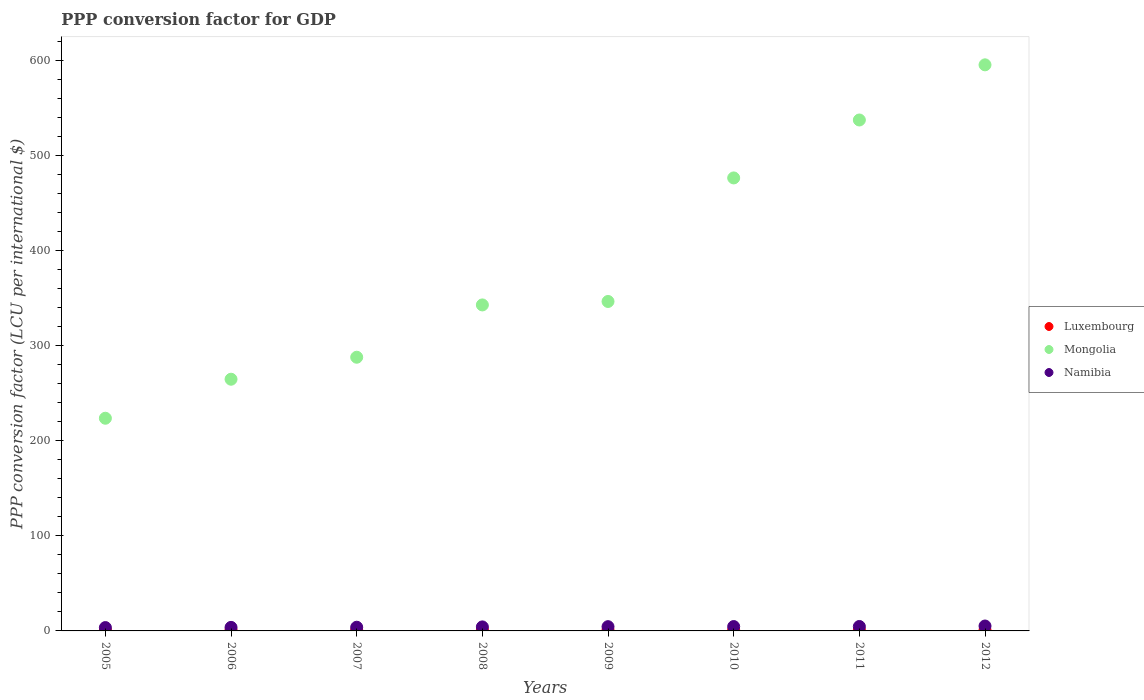
| Years | Luxembourg | Mongolia | Namibia |
 | --- | --- | --- | --- |
 | 2005 | 0.953 | 224 | 3.52 |
 | 2006 | 0.914 | 265 | 3.73 |
 | 2007 | 0.924 | 288 | 3.88 |
 | 2008 | 0.906 | 343 | 4.22 |
 | 2009 | 0.907 | 346 | 4.48 |
 | 2010 | 0.922 | 476 | 4.59 |
 | 2011 | 0.894 | 537 | 4.66 |
 | 2012 | 0.898 | 595 | 5.17 |